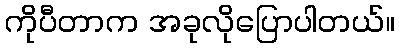
ကိုပီတာက အခုလိုပြောပါတယ်။